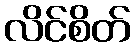
လိင်စိတ်